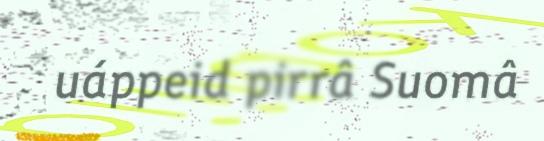
uáppeid pirrâ Suomâ